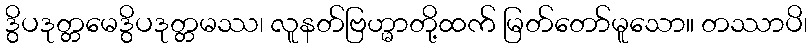
ဒွိပဒုတ္တမေဒွိပဒုတ္တမဿ၊ လူနတ်ဗြဟ္မာတို့ထက် မြတ်တော်မူသော။ တဿာပိ၊